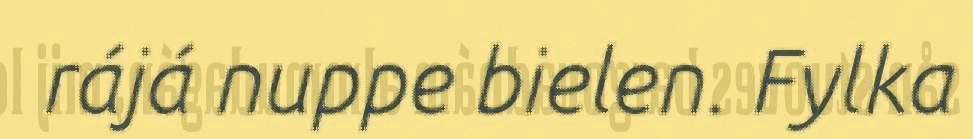
rájá nuppe bielen. Fylka